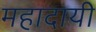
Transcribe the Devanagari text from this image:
महादायी